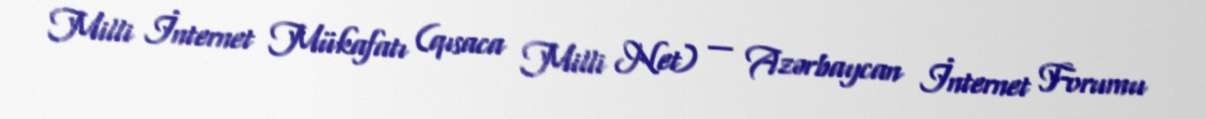
Milli İnternet Mükafatı (qısaca Milli Net) — Azərbaycan İnternet Forumu